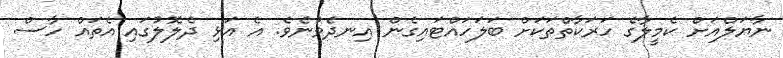
ނާޔަލްއަށް ކެމީލާގެ ހަރަކާތްތަކަށް ބަލަހައްޓައިގެން އިނދެވުނެވެ. އެ އަޅި ދެލޮލުގައި އެތައް ހާސް